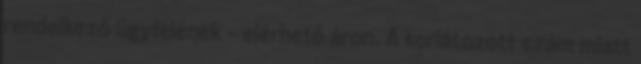
rendelkező ügyfelének – elérhető áron. A korlátozott szám miatt